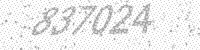
Solution: 837024